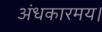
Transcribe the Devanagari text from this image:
अंधकारमय।